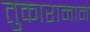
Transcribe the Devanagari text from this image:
तुकारामाने